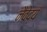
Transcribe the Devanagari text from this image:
नैवेद्यं